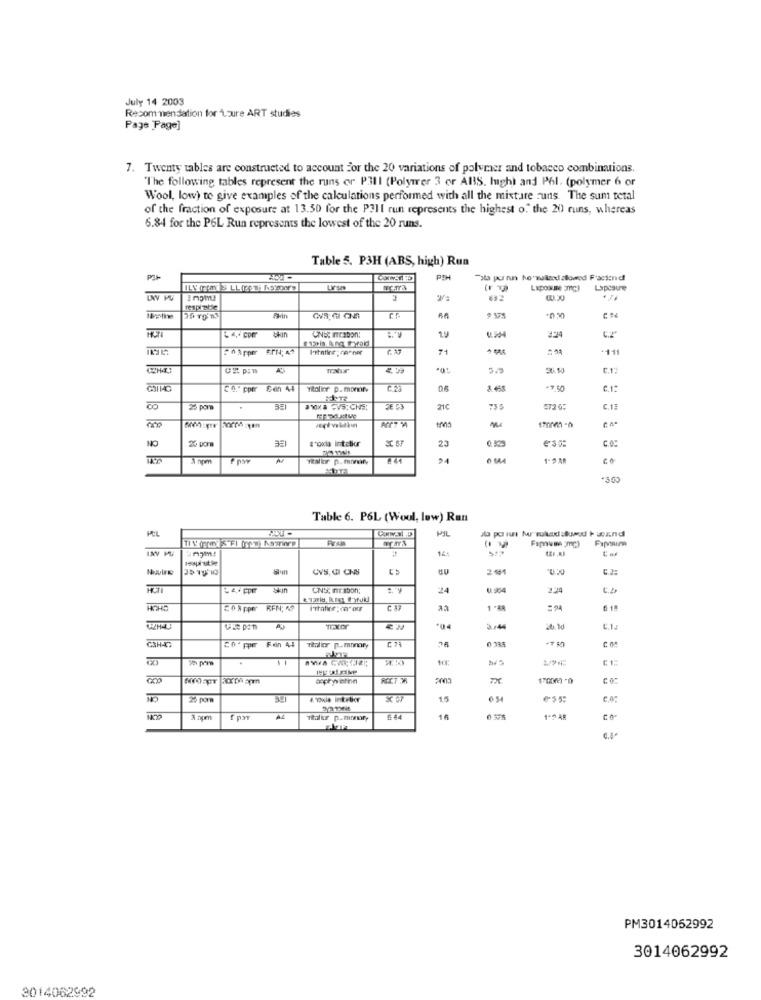
July 14 2003
Recommendation for Loure ART studies
Page Page]
7. Twenty tables are constructed to account for the 20 variations of polymer and tobacco combinations.
"The following tables represent the runs or P3II (Polymer 3 or ABS. high) and Phl. (polymer 6 or
Wool, low) to give examples of the calculations performed with all the mixture :uns. The sum total
of the fraction of exposure at 13.50 for the PIII run represents the highest of the 20) runs, whereas
6.84 for the P6L Run represents the lowest of the 20 runs.
Table 5. P3H (ABS, high) Run
Tala pornun ko walland allowed Fraction df
Lipcaure
692
...
* ^&pper SIN: 45
71
= 5
-11
35.10
C.1:
CA. pper Cen 44
Titolier p. monofy
08
8.68
-7.50
25 para
21C
735
572 05
C.13
1700m -h
NO
a"oxia intelior
23
0.329
eso:
1-918
"300
Table 6. P6L (Woul, low) Ran
CVS, CI ONS
201
24
HOHO
26apper RFN: 49
*04
2:44
C.1.
G3HAC
0.335
20. pper Fein 44
Tiler p.monary
10
TX
25 poma
15
Thaler p.momaty
16
1-4 4#
PM3014052992
3014062992
3014062992